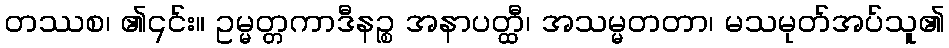
တဿစ၊ ၏၎င်း။ ဥမ္မတ္တကာဒီနဉ္စ အနာပတ္ထီ၊ အသမ္မတတာ၊ မသမုတ်အပ်သူ၏